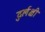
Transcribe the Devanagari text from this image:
दुर्लक्षी